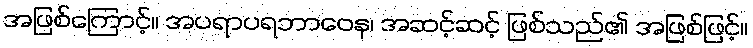
အဖြစ်ကြောင့်။ အပရာပရဘာဝေန၊ အဆင့်ဆင့် ဖြစ်သည်၏ အဖြစ်ဖြင့်။